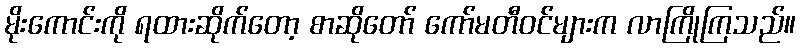
မိုးကောင်းကို ရထားဆိုက်တော့ စာဆိုတော် ကော်မတီဝင်များက လာကြိုကြသည်။